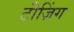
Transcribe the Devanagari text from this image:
टीज़िंग